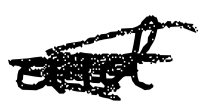
Text: and
Cross-out: scratch
Writing tool: digital_black